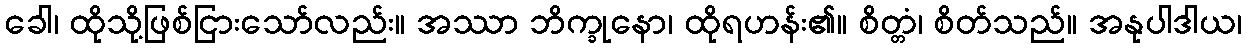
ခေါ၊ ထိုသို့ဖြစ်ငြားသော်လည်း။ အဿာ ဘိက္ခုနော၊ ထိုရဟန်း၏။ စိတ္တံ၊ စိတ်သည်။ အနုပါဒါယ၊